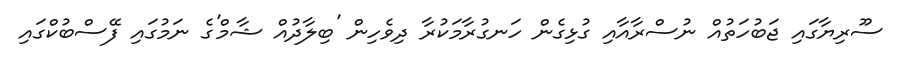
ސޫރިޔާގައި ޖަބުހަތުއް ނުސްރާއާއި ގުޅިގެން ހަނގުރާމަކުރާ ދިވެހިން 'ބިލާދުއް ޝާމް'ގެ ނަމުގައި ފޭސްބުކްގައި